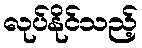
လုပ်နိုင်သည့်